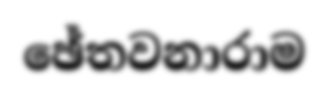
ඡේතවනාරාම